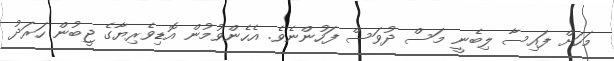
މަހަށް ފައިސާ ލިބެނީ މަސް ދުވަސް ފަހުންނެވެ. އެހެންވުމުން އޮޑިވެރިޔާގެ ޖީބުން ހަރަދު